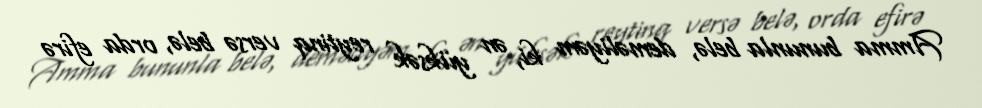
Amma bununla belə, deməliyəm ki, ən yüksək reytinq versə belə, orda efirə